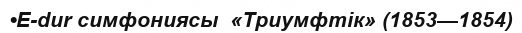
•E-dur симфониясы  «Триумфтік» (1853—1854)